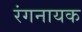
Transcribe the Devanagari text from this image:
रंगनायक